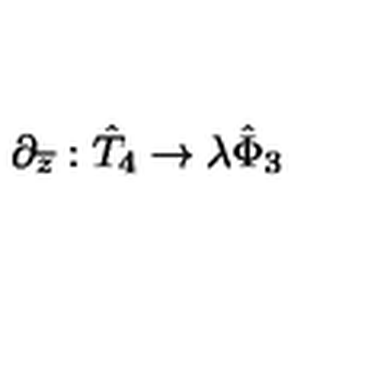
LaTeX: \partial _ { \overline { { z } } } : \hat { T } _ { 4 } \rightarrow \lambda \hat { \Phi } _ { 3 }